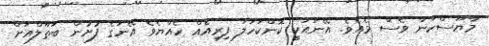
މާޔޫސްކަން ވެސް މެއެވެ. އޭނައަކީ ކޮންކަހަލަ ފިރިއެއް ހެއްޔެވެ އޭނަގެ ފުށުން ބަތޫލްއަށް